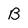
Character: B